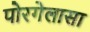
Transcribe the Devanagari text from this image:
पोरगेलासा